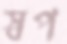
স্বপ